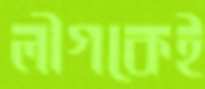
লীগকেই